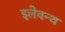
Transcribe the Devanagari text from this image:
इलेवन्थ